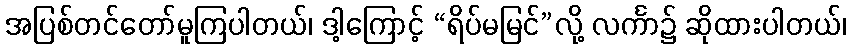
အပြစ်တင်တော်မူကြပါတယ်၊ ဒါ့ကြောင့် “ရိပ်မမြင်”လို့ လင်္ကာ၌ ဆိုထားပါတယ်၊